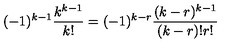
( - 1 ) ^ { k - 1 } \frac { k ^ { k - 1 } } { k ! } = ( - 1 ) ^ { k - r } \frac { ( k - r ) ^ { k - 1 } } { ( k - r ) ! r ! }